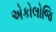
એકોલોજિ